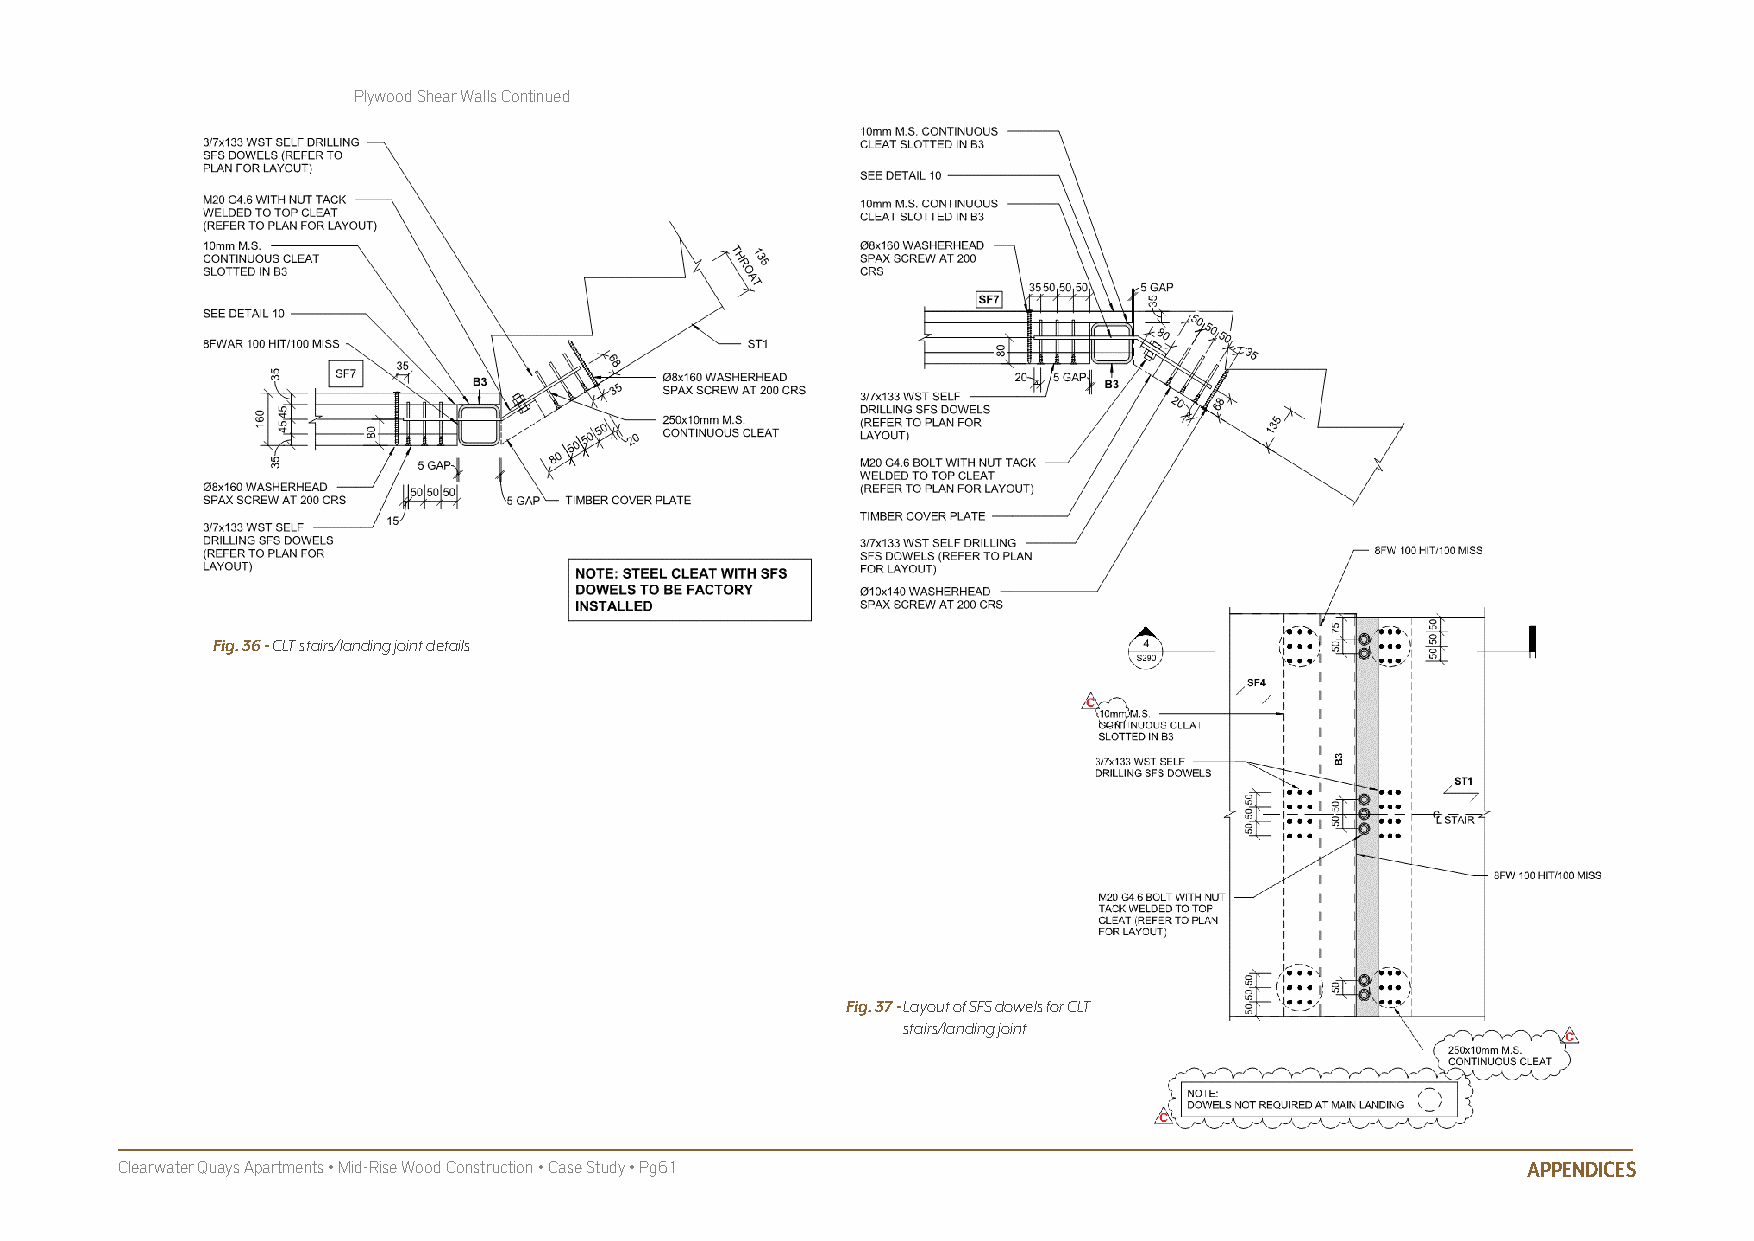
Plywood Shear Walls Continued
 Fig. 36 - CLT stairs/landing joint details
 Fig. 37 - Layout of SFS dowels for CLT
 stairs/landing joint
 Clearwater Quays Apartments • Mid-Rise Wood Construction • Case Study • Pg61                 APPENDICES